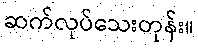
ဆက်လုပ်သေးတုန်း။